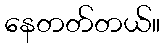
နေတတ်တယ်။